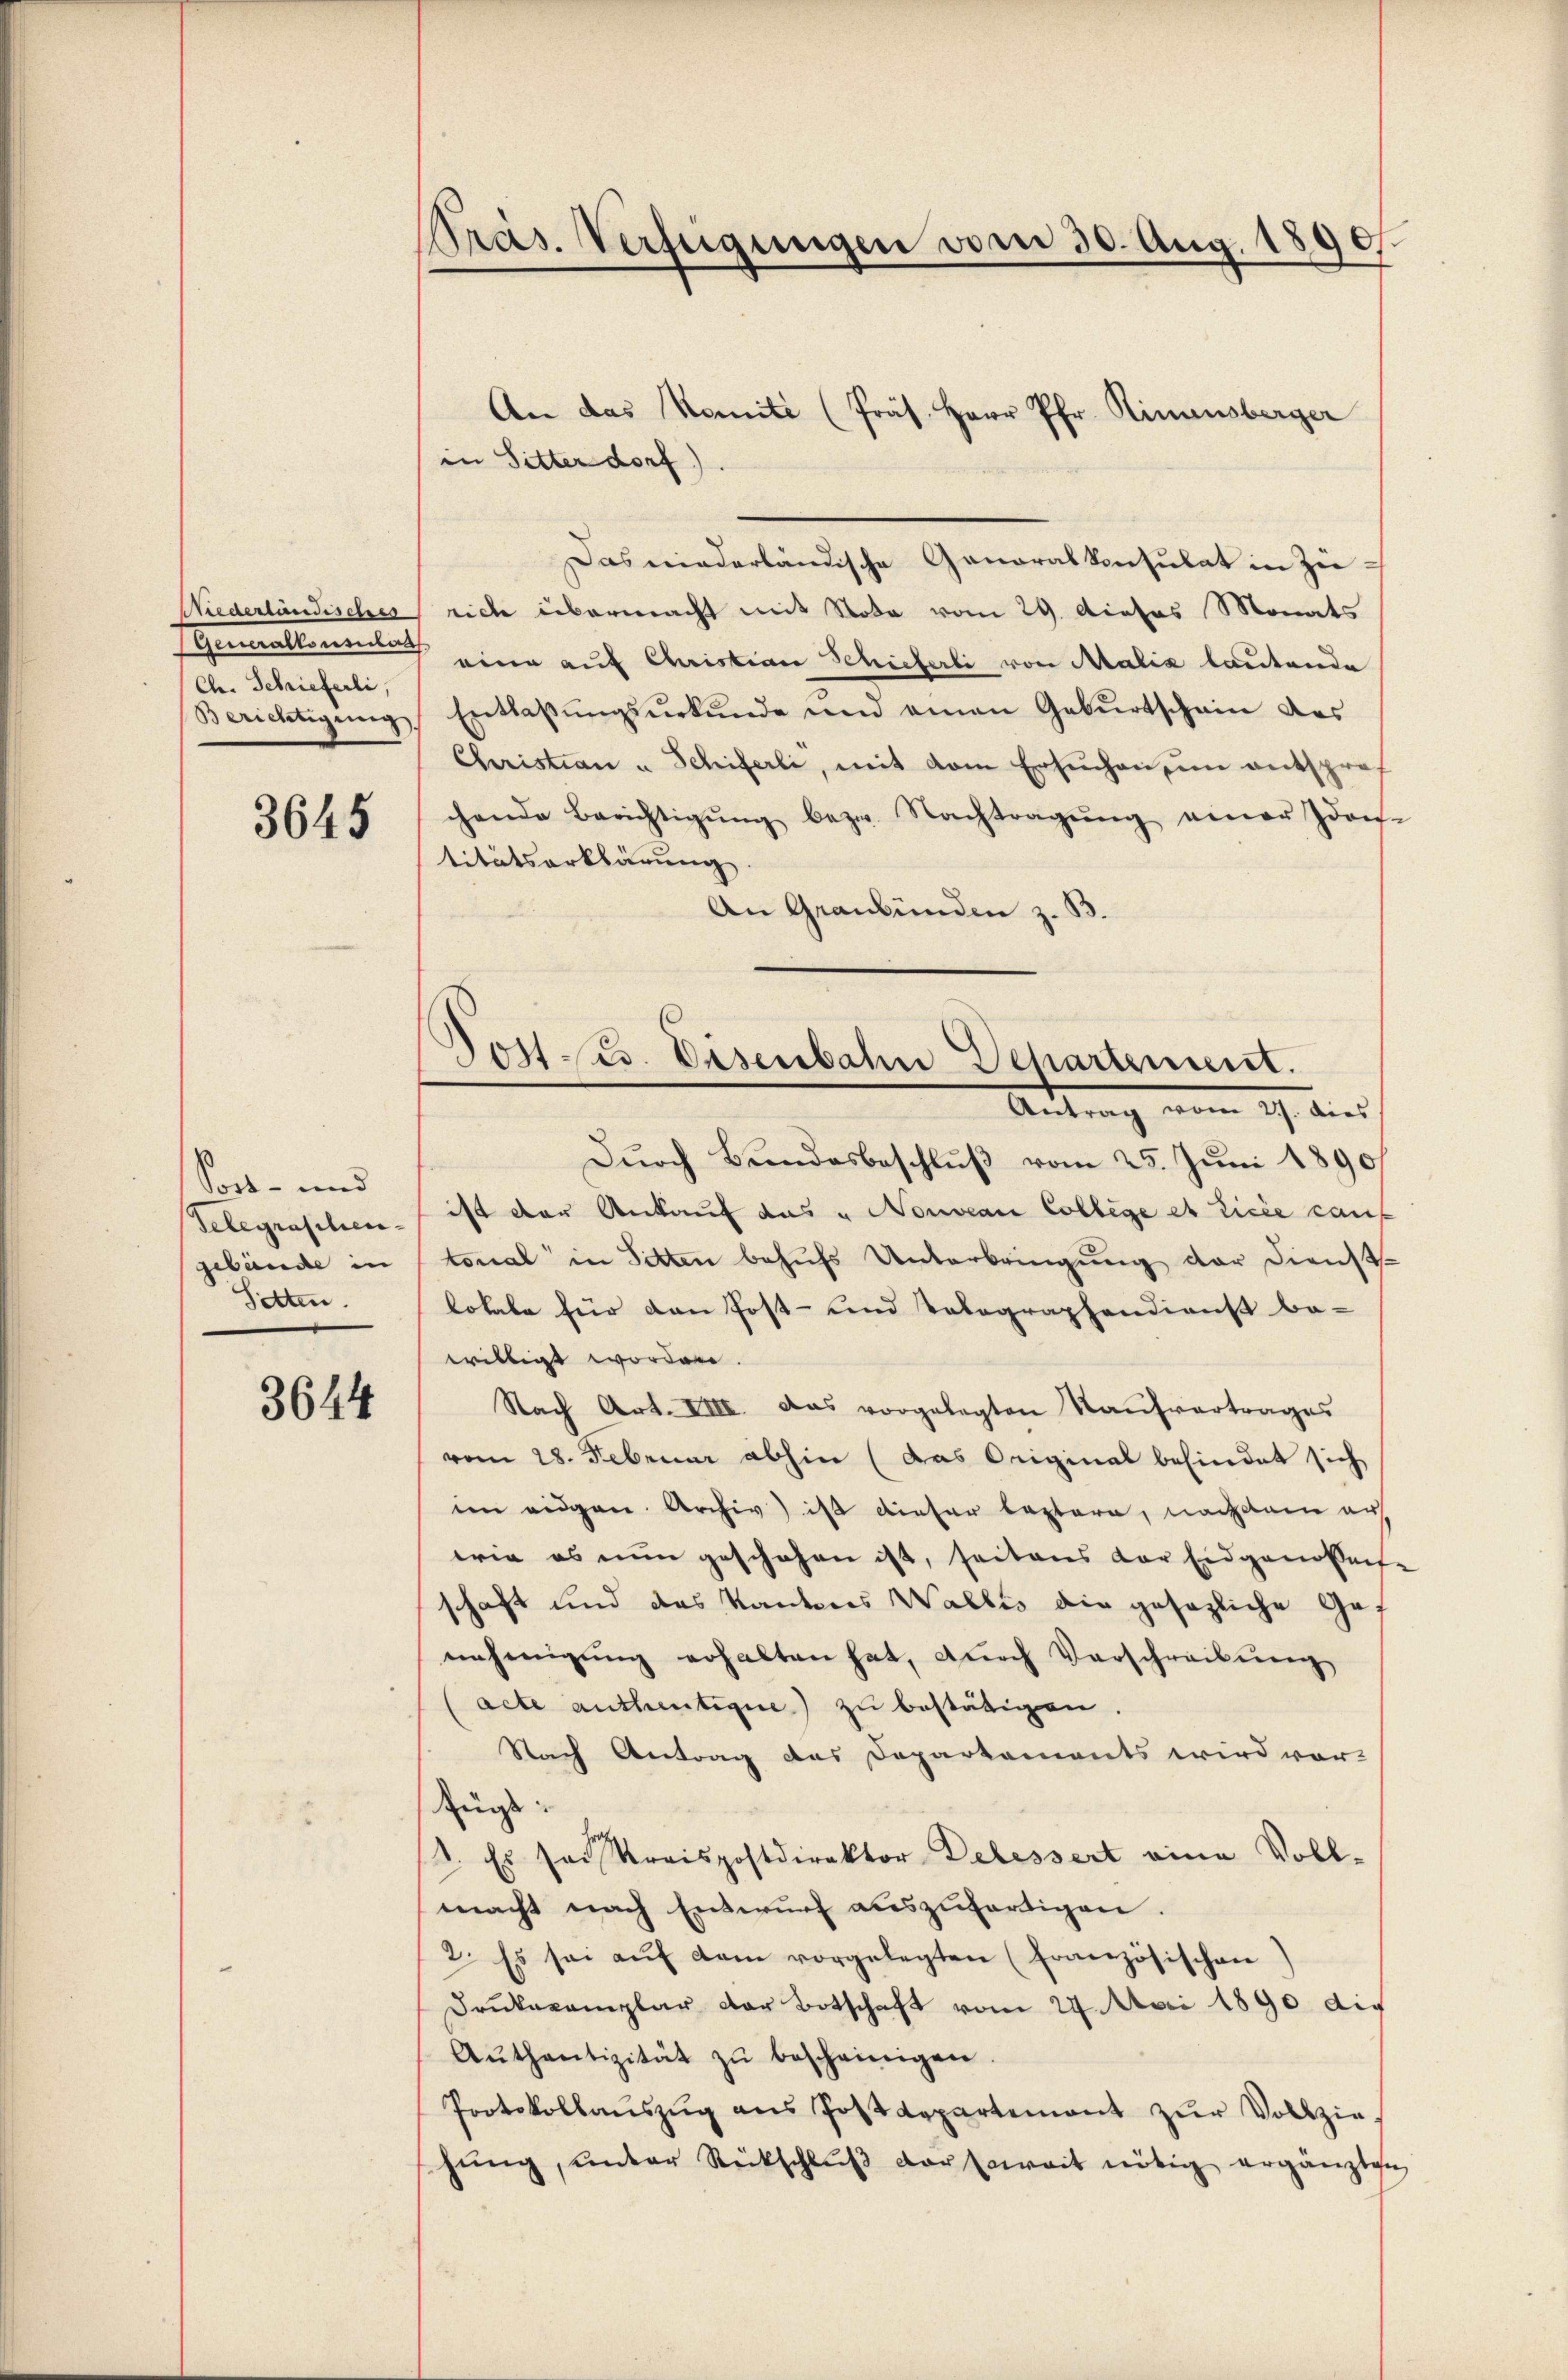
Niederländisches
Ch. Schrieferli,
Berichtigung

3645

Sord- und
Belegraschen-
gebäude in
Setten.

3644

Präs. Verfügungen vom 30. Aug. 1890

in Sitter dorf)
Das niederländische Generalkonsulat in Zurich übermacht mit Nota vom 29. Dieses Monats
(Generallen eine auf Christian Schieferli von Malia lautende
Entlaßungsurkunde und einen Geburtschein des
Christian u Schiferli, mit dem Ersuchen, in entsprof
chende Berichtigŭng bezw. Nachtragŭng einer Idon-
titätserklärung
An Graubünden z. B.

An das Komité (Präs. Herr Pfr. Rinnsberger

¬
Post es. Eisenbahn Departement.
Antrag von ich wied

Durch Bundesbeschluß vom 25. Juni 1890
ist der Ankauf das „Nouveau College et licie caus
tonal in Sitten behufs Unterbringung der Dienstlokale für den Post- und Tolographendienst be-
willigt worden.
Nach Art. VIII. Das vorgelegten Kaŭfvertrages
vom 28. Februar abhin (das Original befindet sich
im eidgen. Archiv) ist dieser leztern, nachdem auf
wie es nun geschehen ist, seitens der Eidgenosseite
schaft und das Kantons Wallis die gesezliche Gef
nehmigŭng erhalten hat, dŭrch Verschreibŭng
acte authentique) zu bestätigen.
Nach Antrag des Departements wird vor-
Zugs
1. Es sei Kreispostdirektor Debessert eine Vollmacht nach Entwurf auszufertigen.
2. Es sei auf dem vorgelegten (Französischen
Drukexemplar der Botschaft vom 24. Mai 1890 die
Aŭthantizität zŭ bescheinigen.
Protokollaŭszŭg ans Postdepartement zŭr Vollziehŭng ŭnter Rückschlŭβ der Erweit nötig ergänzten